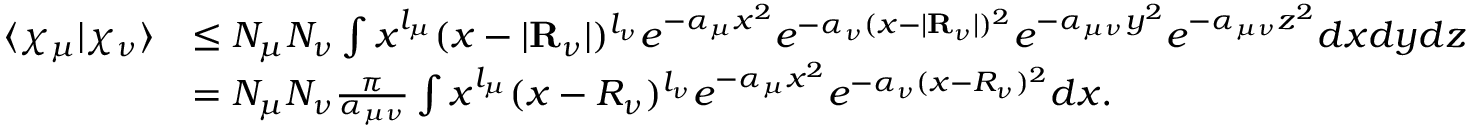
\begin{array} { r l } { \langle \chi _ { \mu } | \chi _ { \nu } \rangle } & { \leq N _ { \mu } N _ { \nu } \int x ^ { l _ { \mu } } ( x - | \mathbf { R } _ { \nu } | ) ^ { l _ { \nu } } e ^ { - \alpha _ { \mu } x ^ { 2 } } e ^ { - \alpha _ { \nu } ( x - | \mathbf { R } _ { \nu } | ) ^ { 2 } } e ^ { - \alpha _ { \mu \nu } y ^ { 2 } } e ^ { - \alpha _ { \mu \nu } z ^ { 2 } } d x d y d z } \\ & { = N _ { \mu } N _ { \nu } \frac { \pi } { \alpha _ { \mu \nu } } \int x ^ { l _ { \mu } } ( x - R _ { \nu } ) ^ { l _ { \nu } } e ^ { - \alpha _ { \mu } x ^ { 2 } } e ^ { - \alpha _ { \nu } ( x - R _ { \nu } ) ^ { 2 } } d x . } \end{array}